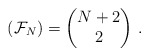
\begin{align*} (\mathcal{F}_N)=\begin{pmatrix} N+2\\2 \end{pmatrix}\,.\end{align*}